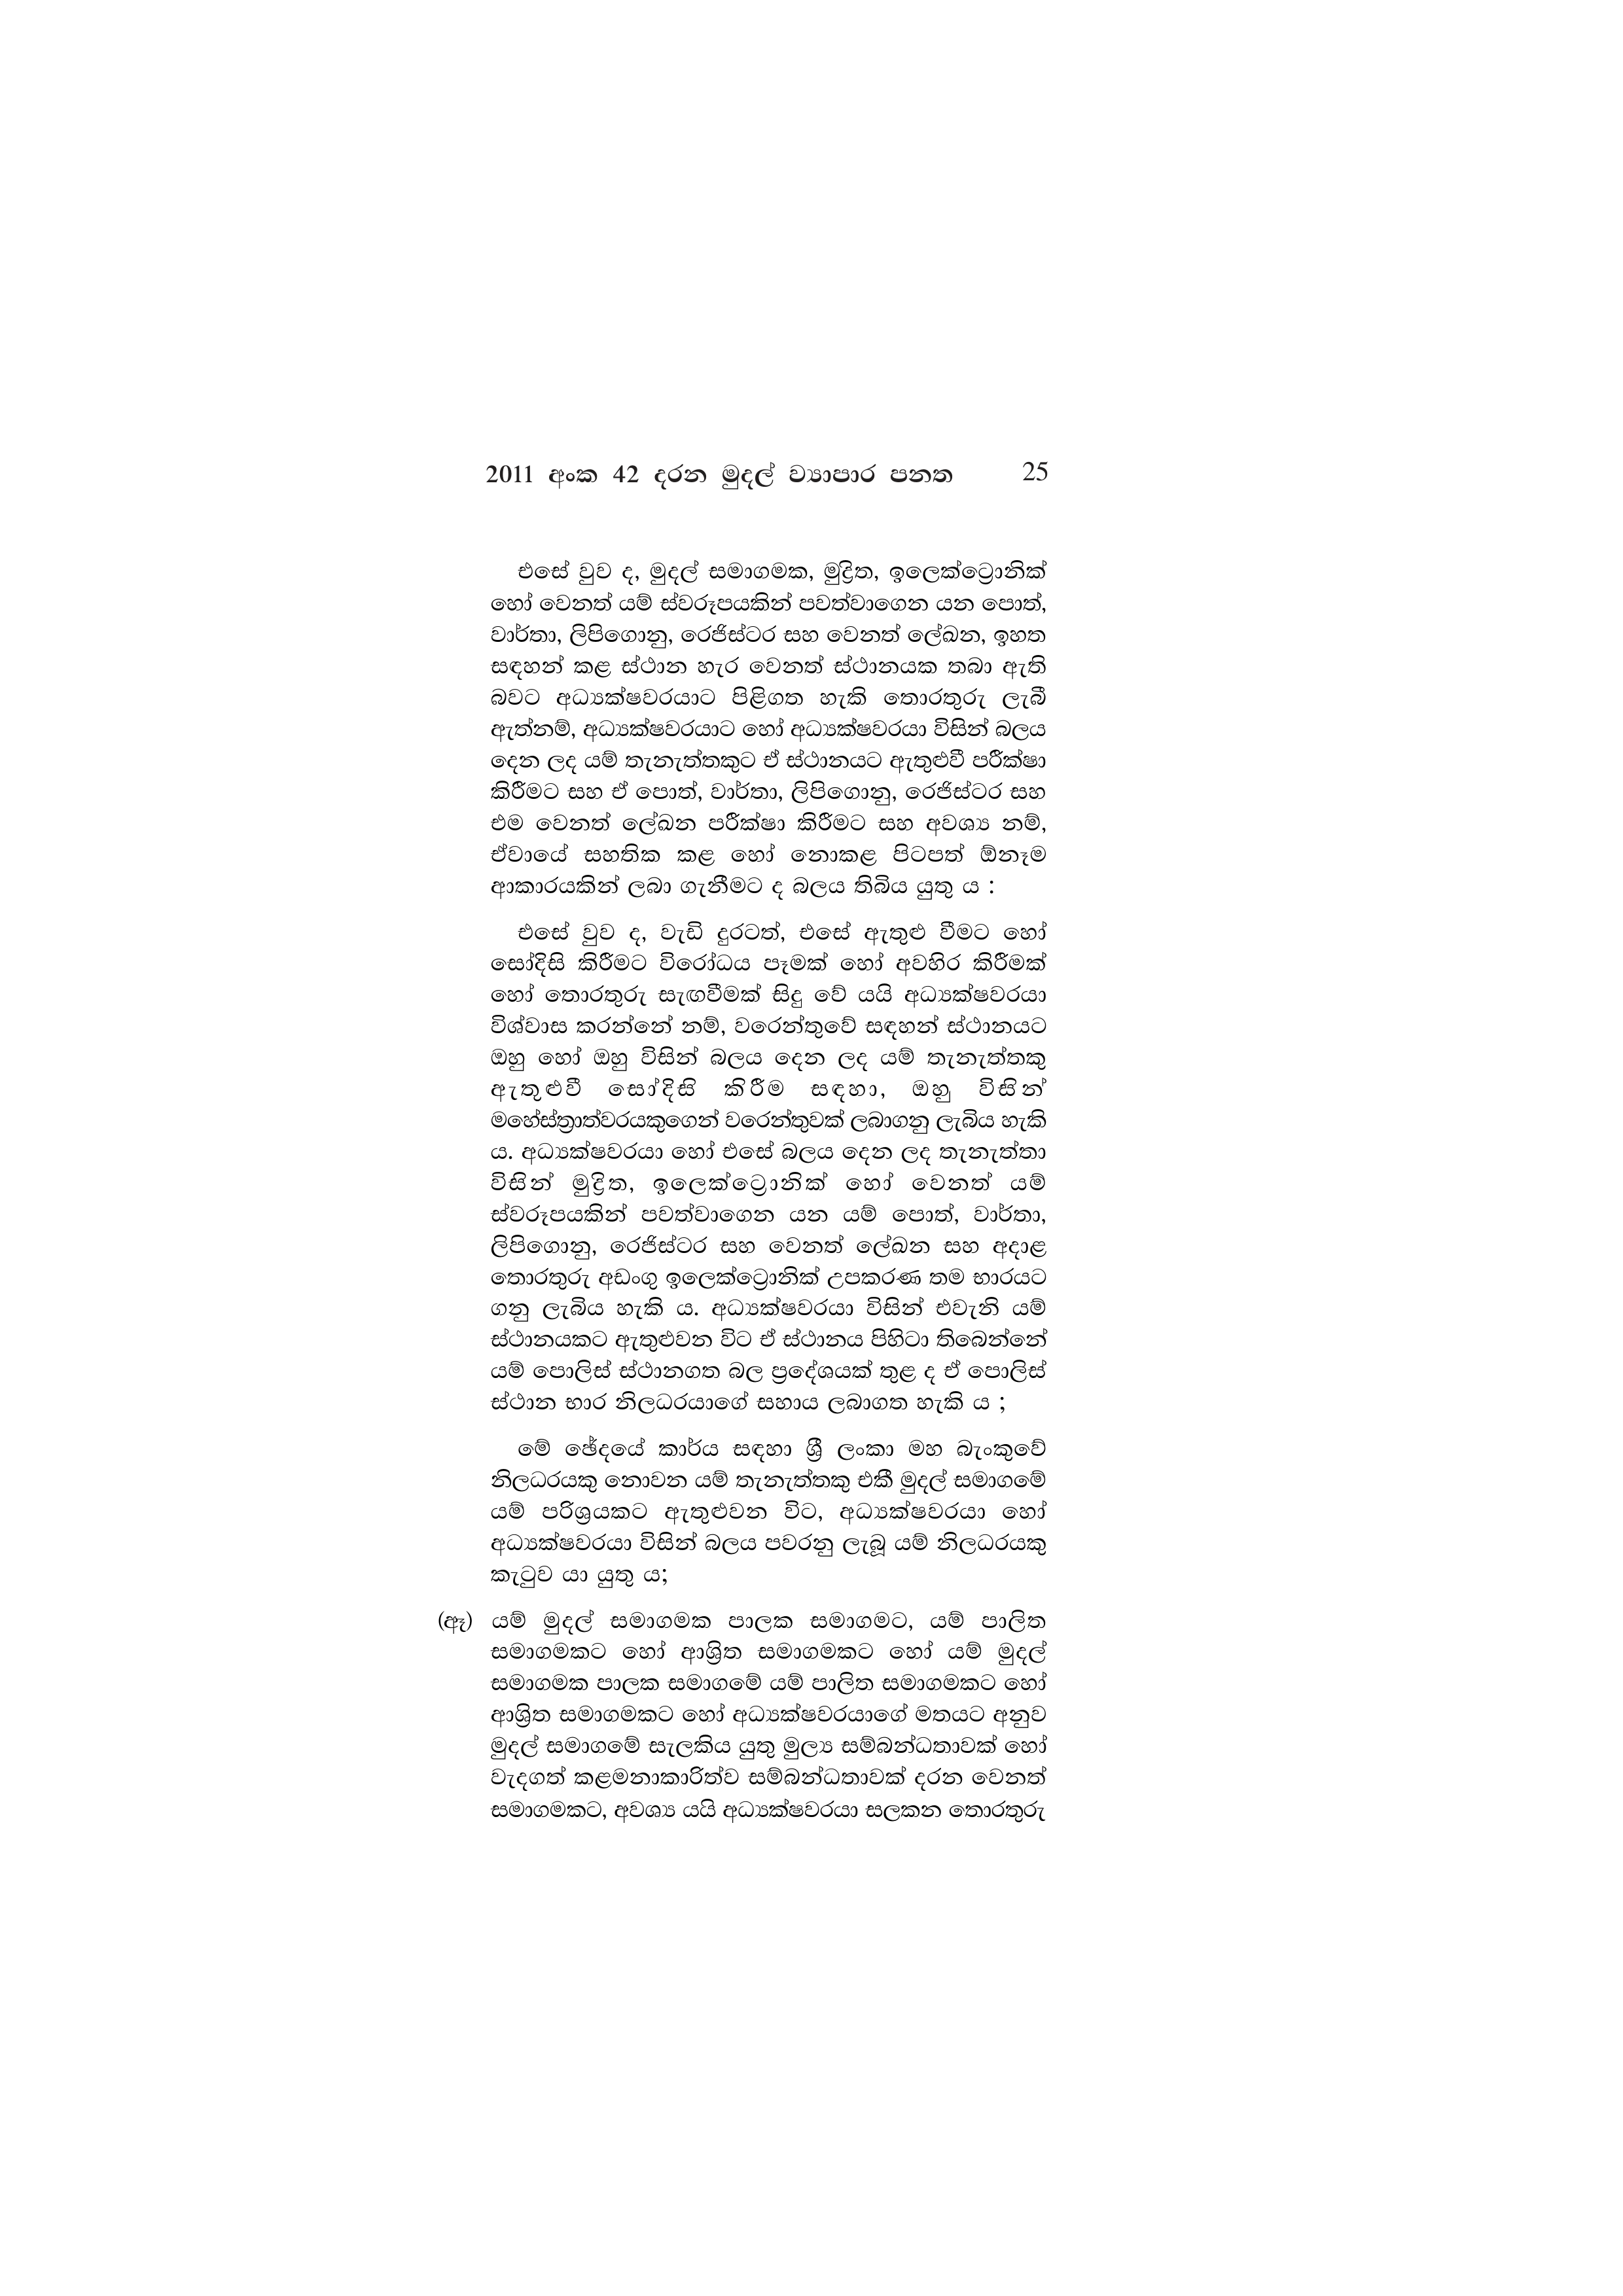
2011 අංක 42 දරන මුදල් ව්‍යාපාර පනත 25

එසේ වුව ද, මුදල් සමාගමක, මුද්‍රිත, ඉලෙක්ට්‍රොනික්
හෝ වෙනත් යම් ස්වරූපයකින් පවත්වාගෙන යන පොත්,
වාර්තා, ලිපිගොනු, රෙජිස්ටර සහ වෙනත් ලේඛන, ඉහත
සඳහන් කළ ස්ථාන හැර වෙනත් ස්ථානයක තබා ඇති
බවට අධ්‍යක්ෂවරයාට පිළිගත හැකි තොරතුරු ලැබී
ඇත්නම්, අධ්‍යක්ෂවරයාට හෝ අධ්‍යක්ෂවරයා විසින් බලය
දෙන ලද යම් තැනැත්තකුට ඒ ස්ථානයට ඇතුළුවී පරීක්ෂා
කිරීමට සහ ඒ පොත්, වාර්තා, ලිපිගොනු, රෙජිස්ටර සහ
එම වෙනත් ලේඛන පරීක්ෂා කිරීමට සහ අවශ්‍ය නම්,
ඒවායේ සහතික කළ හෝ නොකළ පිටපත් ඕනෑම
ආකාරයකින් ලබා ගැනීමට ද බලය තිබිය යුතු ය :

එසේ වුව ද, වැඩි දුරටත්, එසේ ඇතුළු වීමට හෝ
සෝදිසි කිරීමට විරෝධය පෑමක් හෝ අවහිර කිරීමක්
හෝ තොරතුරු සැඟවීමක් සිදු වේ යයි අධ්‍යක්ෂවරයා
විශ්වාස කරන්නේ නම්, වරෙන්තුවේ සඳහන් ස්ථානයට
ඔහු හෝ ඔහු විසින් බලය දෙන ලද යම් තැනැත්තකු
ඇතුළුවී සෝදිසි කිරීම සඳහා, ඔහු විසින්
මහේස්ත්‍රාත්වරයකුගෙන් වරෙන්තුවක් ලබාගනු ලැබිය හැකි
ය. අධ්‍යක්ෂවරයා හෝ එසේ බලය දෙන ලද තැනැත්තා
විසින් මුද්‍රිත, ඉලෙක්ට්‍රොනික් හෝ වෙනත් යම්
ස්වරූපයකින් පවත්වාගෙන යන යම් පොත්, වාර්තා,
ලිපිගොනු, රෙජිස්ටර සහ වෙනත් ලේඛන සහ අදාළ
තොරතුරු අඩංගු ඉලෙක්ට්‍රොනික් උපකරණ තම භාරයට
ගනු ලැබිය හැකි ය. අධ්‍යක්ෂවරයා විසින් එවැනි යම්
ස්ථානයකට ඇතුළුවන විට ඒ ස්ථානය පිහිටා තිබෙන්නේ
යම් පොලිස් ස්ථානගත බල ප්‍රදේශයක් තුළ ද ඒ පොලිස්
ස්ථාන භාර නිලධරයාගේ සහාය ලබාගත හැකි ය ;

මේ ඡේදයේ කාර්ය සඳහා ශ්‍රී ලංකා මහ බැංකුවේ
නිලධරයකු නොවන යම් තැනැත්තකු එකී මුදල් සමාගමේ
යම් පරිශ්‍රයකට ඇතුළුවන විට, අධ්‍යක්ෂවරයා හෝ
අධ්‍යක්ෂවරයා විසින් බලය පවරනු ලැබූ යම් නිලධරයකු
කැටුව යා යුතු ය,

(ඈ) යම් මුදල් සමාගමක පාලක සමාගමට, යම් පාලිත
සමාගමකට හෝ ආශ්‍රිත සමාගමකට හෝ යම් මුදල්
සමාගමක පාලක සමාගමේ යම් පාලිත සමාගමකට හෝ
ආශ්‍රිත සමාගමකට හෝ අධ්‍යක්ෂවරයාගේ මතයට අනුව
මුදල් සමාගමේ සැලකිය යුතු මුල්‍ය සම්බන්ධතාවක් හෝ
වැදගත් කළමනාකාරිත්ව සම්බන්ධතාවක් දරන වෙනත්
සමාගමකට, අවශ්‍ය යයි අධ්‍යක්ෂවරයා සලකන තොරතුරු